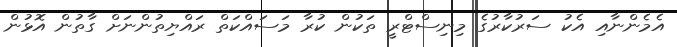
އެމެންނާއި އެކު ސަރުކާރުގެ މިނިސްޓްރީ ތަކުން ކުރާ މަސައްކަތް ރައްޔިތުންނަށް ގާތުން އޮޅުން